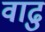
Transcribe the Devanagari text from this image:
वाढु